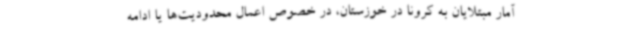
آمار مبتلایان به کرونا در خوزستان، در خصوص اعمال محدودیت‌ها یا ادامه